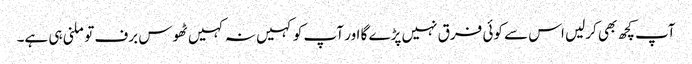
آپ کچھ بھی کرلیں اس سے کوئی فرق نہیں پڑے گا اور آپ کو کہیں نہ کہیں ٹھوس برف تو ملنی ہی ہے۔